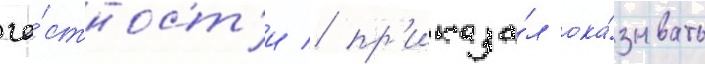
ча́стност'и / пр'иказа́л ока́зывать